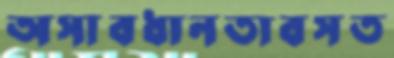
অসাবধানতাবসত